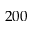
2 0 0